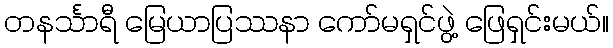
တနင်္သာရီ မြေယာပြဿနာ ကော်မရှင်ဖွဲ့ ဖြေရှင်းမယ်။